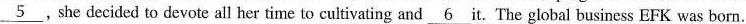
\underline{5} ,she decided to devote all her time to cultivating and \underline{6} it. The global business EFK was born.